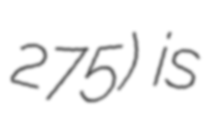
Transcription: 275) is